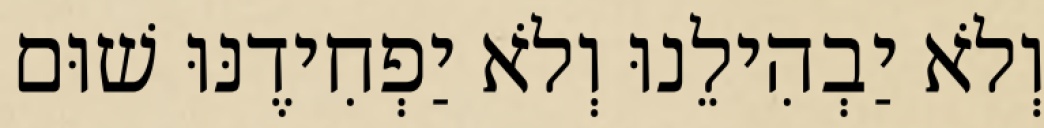
וְלֹא יַבְהִילֵנוּ וְלֹא יַפְחִידֶנּוּ שׁוּם